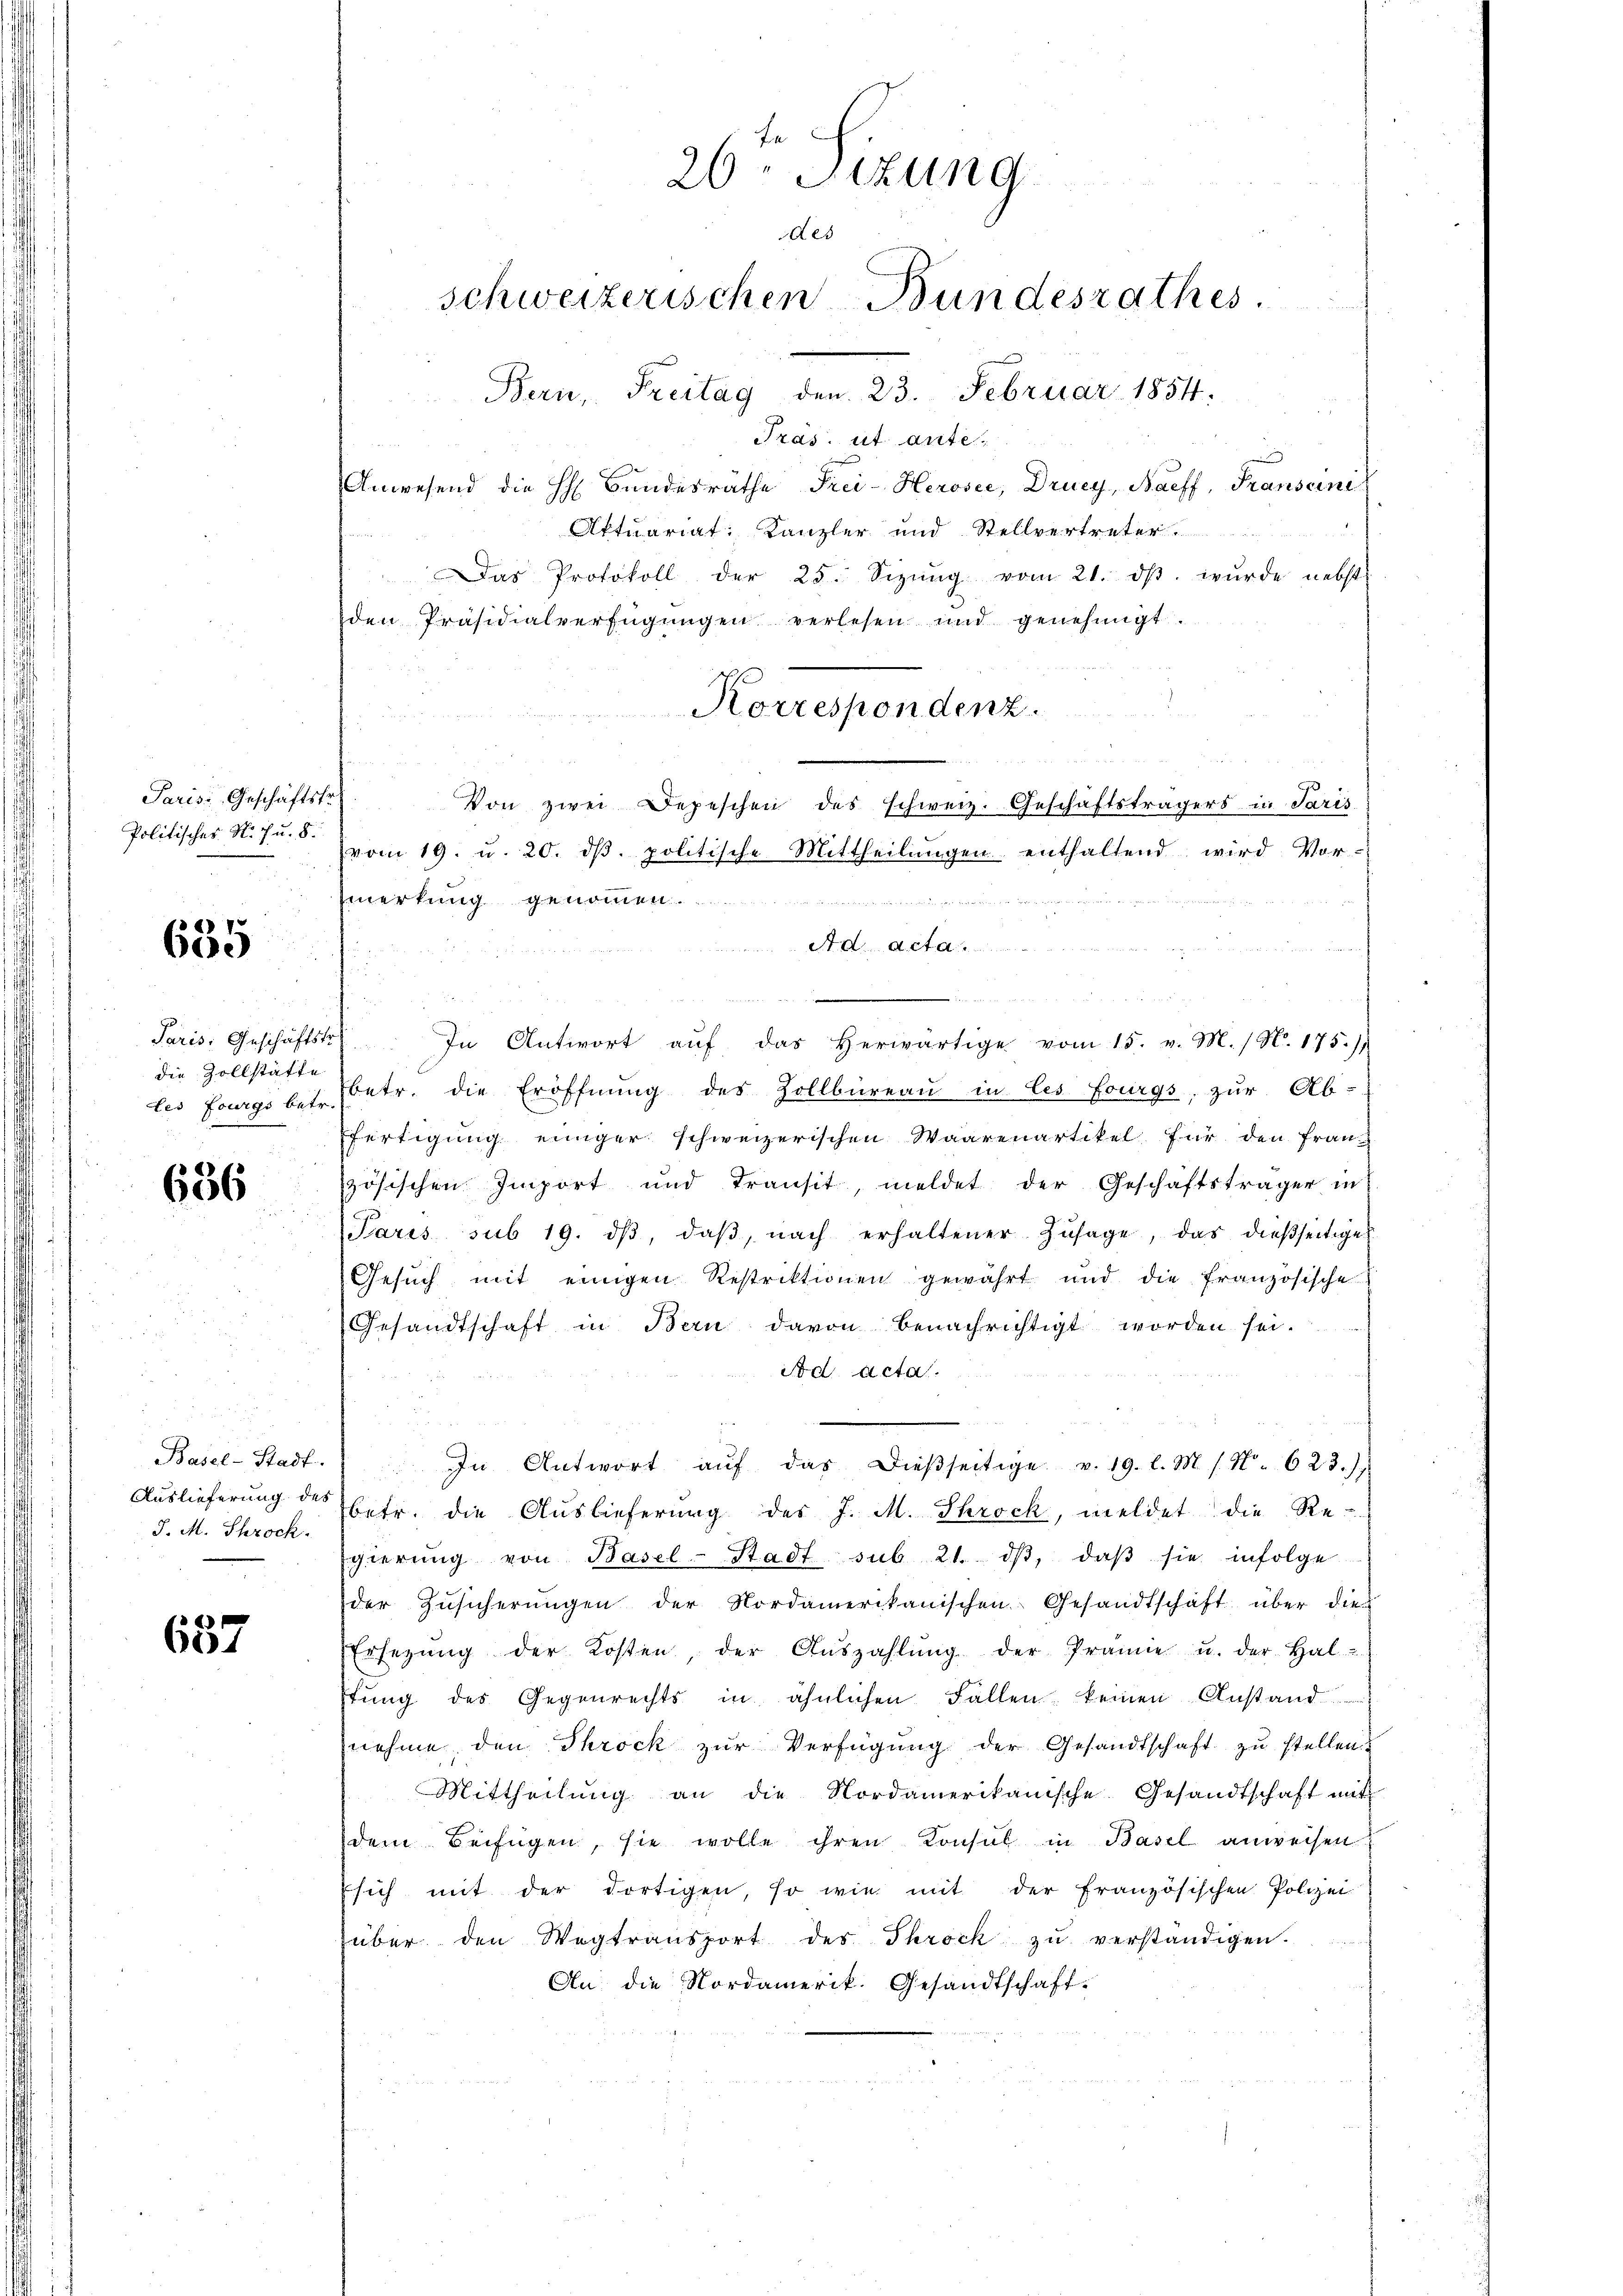
Paris Geschäftsf
Politisches N. Ju. 8.

635

Paris. Geschäftst
die Zollstätte
les Fourgs betr.

636

Basel-Stadt.
Auslieferung des
J. M. Schrock.

637

26 Stzung
des
schweizerischen Bundesrathes
Bern, Freitag den 23. Februar 1854.
Pras. ut ante
Anwesend die H. Bundesräthe Frei-Heroser, Drucy, Naeff, Franseini
Aktuariat: Kanzler und Stellvertreter

Das Protokoll der 25. Sizŭng vom 21. dβ. wurde nebst
den Präsidialverfügungen verlesen und genehmigt.

Korrespondenz.
Von zwei Depeschen des schweiz. Geschäftsträgers in Paris
vom 19. u. 20. dβ. politische Mittheilungen enthaltend wird Vor-
merkung genommen
elligung der Seitet, wie ein eingerung in eigen ein keinen einen

Ad Acta
u
.

e
In Antwort aŭf das herwärtige vom 15. v. M. / N. 175.)
betr. die Eröffnung des Zollbüreau in les fourgs, zur Ab-
fertigung einiger schweizerischen Waarenartikel für den Franz
zösischen Import und Transit, meldet der Geschäftsträger in
Paris sub 19. dβ, daβ nach erhaltener Zŭsage, das dießseitige
Gesŭch mit einigen Restrektionen gewährt und die Französische
Gesandtschaft in Bern davon benachrichtigt worden sei.
Ad acta.
In Antwort aŭf das dieβseitige v. 19. l. M. s. No. 623./
betr. die Auslieferung des J. M. Throck, meldet die Re-
gierŭng von Basel-Stadt sub 21. dβ, daβ sie infolge
der Zŭsicherŭngen der Nordamerikanischen Gesandtschaft über die
Ersetzŭng der Kosten, der Aŭszahlŭng der Prämie u. der Hal
fŭng des Gegenrechts in ähnlichen Fallen keinen Anstand
nehme den Throck zŭr Verfügŭng der Gesandtschaft zŭ stellen
Mittheilŭng an die Nordamerikanische Gesandtschaft mit
dem Beifügen, sie wolle ihren Konsul in Basel anweisen
sich mit der dortigen, so wie mit der französischen Polizei
über den Wegtransport des Throck zŭ verständigen.
An die Nordamerik. Gesandtschaft-